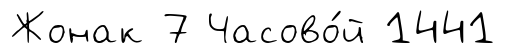
Жонак 7 Часово́й 1441